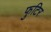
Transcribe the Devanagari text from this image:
फुटिर